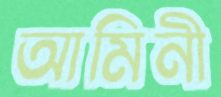
আমিনী